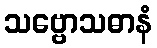
သဗ္ဗောသဓာနံ